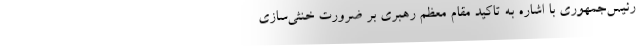
رئیس‌جمهوری با اشاره به تاکید مقام معظم رهبری بر ضرورت خنثی‌سازی